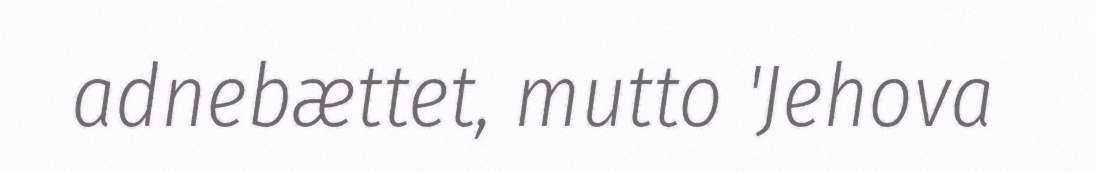
adnebættet, mutto 'Jehova